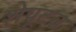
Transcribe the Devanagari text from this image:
शेपूटच